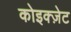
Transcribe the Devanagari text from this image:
कोइक्ज़ेट